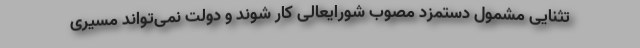
تثنایی مشمول دستمزد مصوب شورایعالی کار شوند و دولت نمی‌تواند مسیری